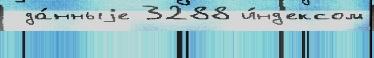
 да́нныjе 3288 и́нд'ексом